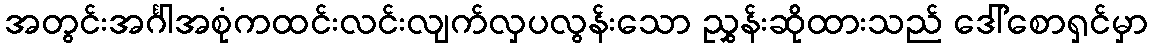
အတွင်းအင်္ဂါအစုံကထင်းလင်းလျက်လှပလွန်းသော ညွှန်းဆိုထားသည် ဒေါ်စောရှင်မှာ